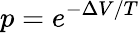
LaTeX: p=e^{-\Delta V/T}